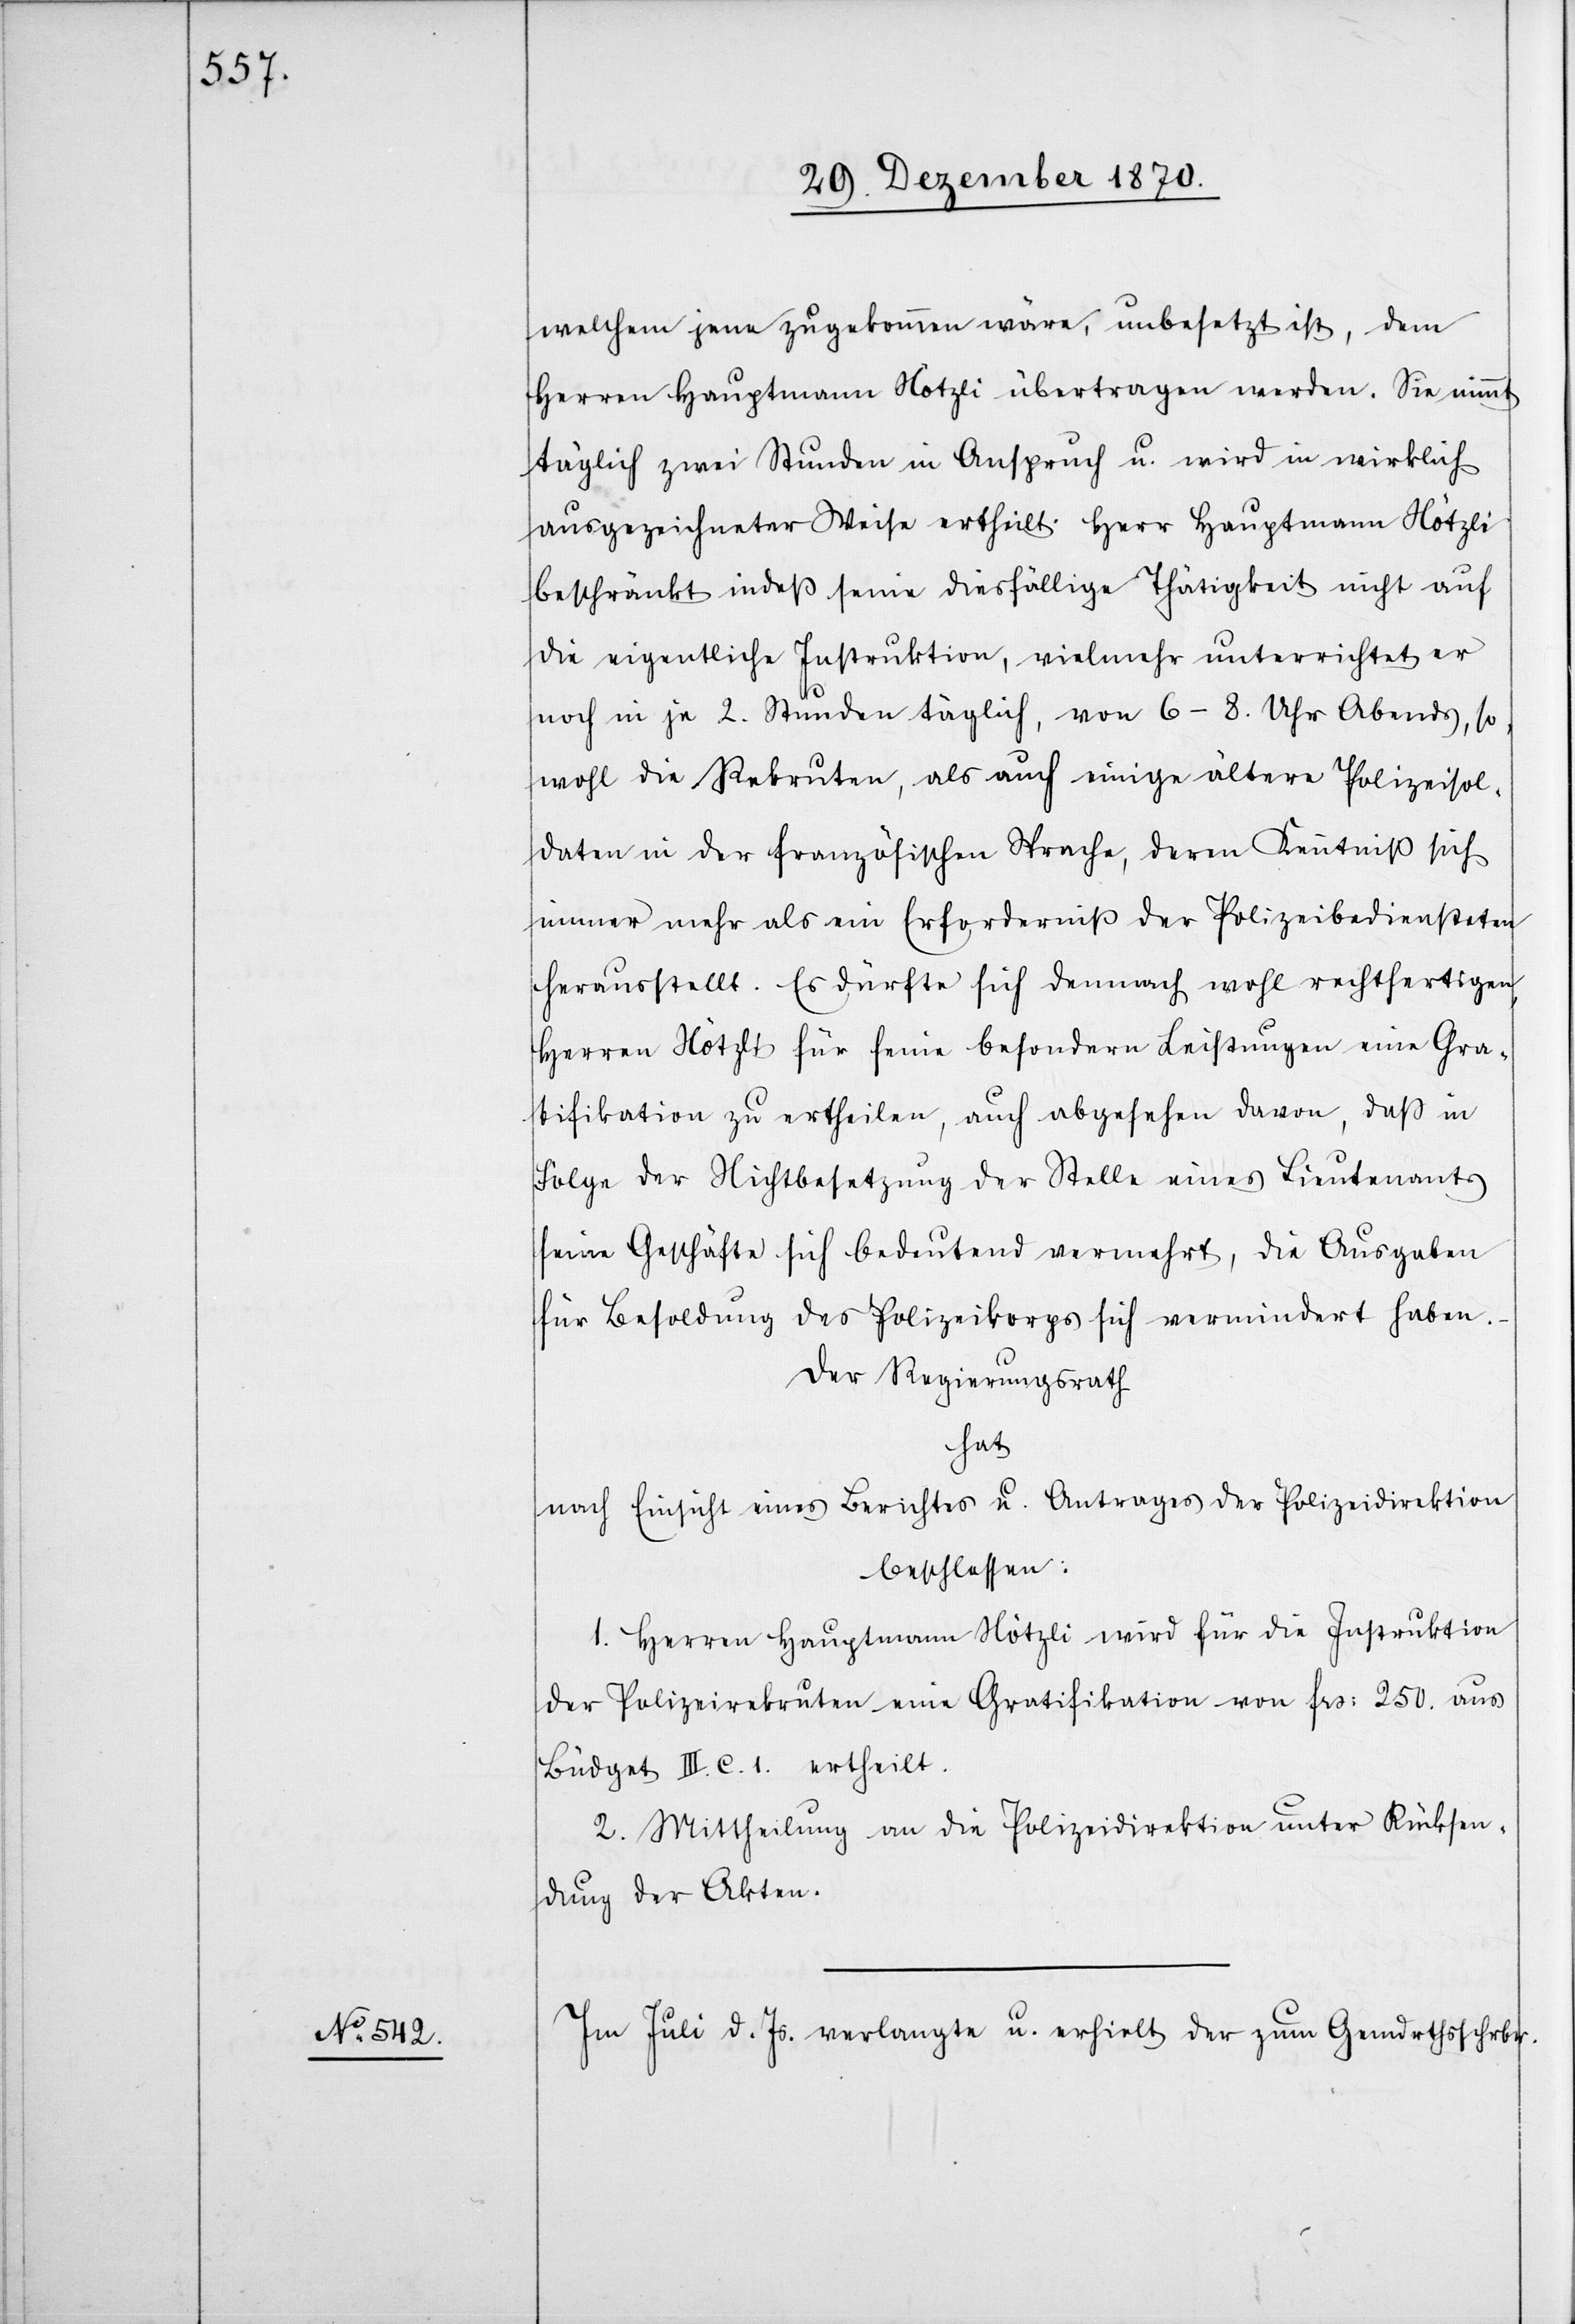
welchem jene zugekommen wäre, unbesetzt ist, dem
Herren Hauptmann Nötzli übertragen werden. Sie nimmt
täglich zwei Stunden in Anspruch u. wird in wirklich
ausgezeichneter Weise ertheilt. Herr Hauptmann Nötzli
beschränkt indeß seine diesfällige Thätigkeit nicht auf
die eigentliche Instruktion, vielmehr unterrichtet er
noch in je 2. Stunden täglich, von 6–8. Uhr Abends, so¬
wohl die Rekruten, als auch einige ältere Polizeisol¬
daten in der französischen Sprache, deren Kenntniß sich
immer mehr als eine Erforderniß der Polizeibediensteten
herausstellt. Es dürfte sich demnach wohl rechtfertigen,
Herren Nötzli für seine besodern Leistungen eine Gra¬
tifikation zu ertheilen, auch abgesehen davon, daß in
Folge der Nichtbesetzung der Stelle eines Lieutenants
seine Geschäfte sich bedeutend vermehrt, die Ausgaben
für Besoldung des Polizeikorps sich vermindert haben.
Der Regierungsrath
hat
nach Einsicht eines Berichtes u. Antrages der Polizeidirektion
beschlossen:
1. Herren Hauptmann Nötzli wird für die Instruktion
der Polizeirekruten eine Gratifikation von Frs: 250. aus
Büdget III. C. 1. ertheilt.
2. Mittheilung an die Polizeidirektion unter Rücksen¬
dung der Akten.
Im Juli d. Js. verlangte u. erhielt der zum Gemdrthsschrbr.